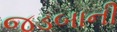
જડબાની